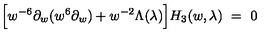
\Big [ w ^ { - 6 } \partial _ { w } ( w ^ { 6 } \partial _ { w } ) + w ^ { - 2 } \Lambda ( \lambda ) \Big ] H _ { 3 } ( w , \lambda ) \ = \ 0